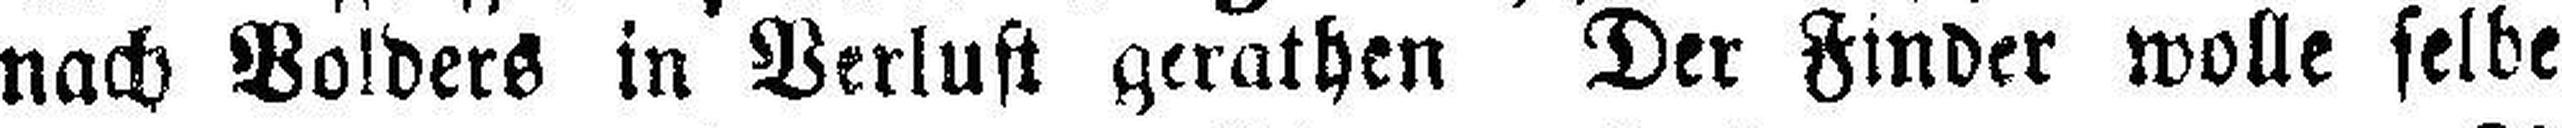
nach Bolders in Verlust gerathen Der Finder wolle selbe